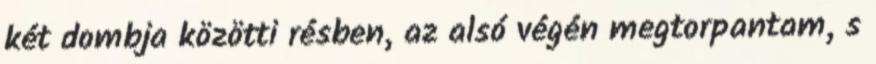
két dombja közötti résben, az alsó végén megtorpantam, s